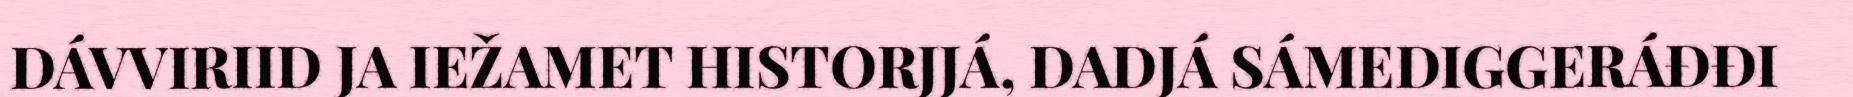
DÁVVIRIID JA IEŽAMET HISTORJJÁ, DADJÁ SÁMEDIGGERÁĐĐI